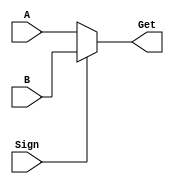
`timescale 1ns / 1ps
//////////////////////////////////////////////////////////////////////////////////
// Company: 
// Engineer: 
// 
// Design Name: 
// Module Name: DataSelect
// Project Name: 
// Target Devices: 
// Tool Versions: 
// Description: 
// 
// Dependencies: 
// 
// Revision:
// Revision 0.01 - File Created
// Additional Comments:
// 
//////////////////////////////////////////////////////////////////////////////////


module DataSelect_2(input [31:0] A, B,  
                    input Sign,  
                    output wire [31:0] Get);  
  
    assign Get = Sign ? B : A;  
  
endmodule